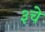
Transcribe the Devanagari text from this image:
३चे